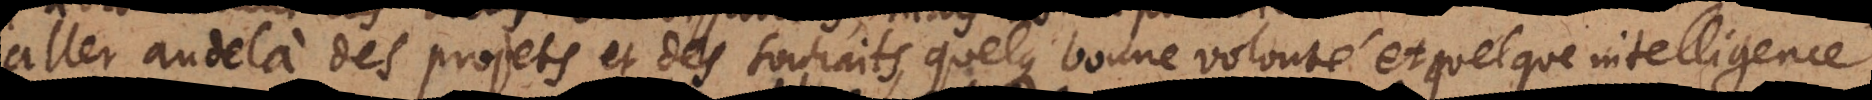
aller au delà des projets et des souhaits, quelque bonne volonté qu’ils eussent; parce